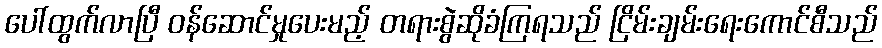
ပေါ်ထွက်လာပြီ ဝန်ဆောင်မှုပေးမည့် တရားစွဲဆိုခံကြရသည် ငြိမ်းချမ်းရေးကောင်စီသည်